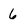
Character: 6